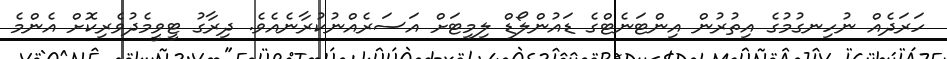
ހަރަދެއް ނުހިނގުމުގެ އިތުރުން އިންޓަނެޓްގެ ޑައުންލޯޑް ލިމިޓަށް އަސަރެއްނުކުރާނެއެވެ. ދިރާގު ޓީވީމެދުވެރިކޮށް އެންމެ